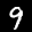
Label: 9